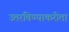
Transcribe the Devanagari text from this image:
उतरविण्याकरीता